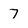
Character: 7